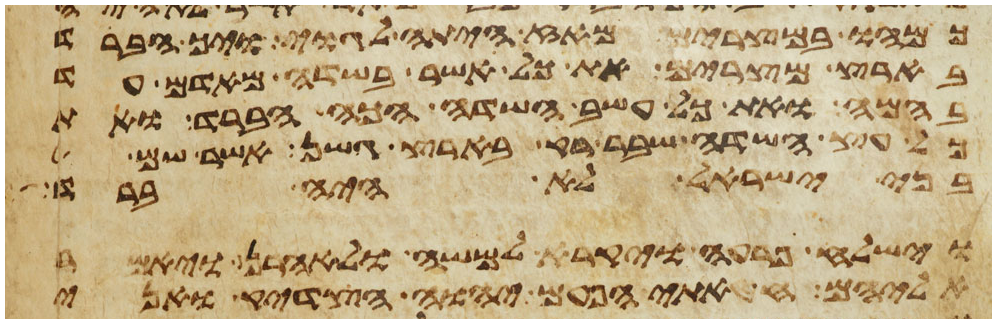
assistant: כמהו במצרים מאז היתה לגוי ויך הברד
בארץ מצרים את כל אשר בשדה מאדם עד
בהמה ואת כל עשב השדה הכה הברד ואת
כל עץ השדה שבר רק בארץ גשן אשר שם
בני ישראל לא היה ברד
וישלח פרעה ויקרא למשה ולאהרן ויאמר
אליהם חטאתי הפעם יהוה הצדיק ואני